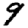
Digit: 9